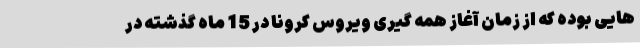
هایی بوده که از زمان آغاز همه گیری ویروس کرونا در 15 ماه گذشته در